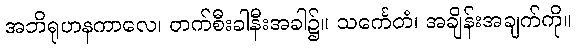
အဘိရုဟနကာလေ၊ တက်စီးခါနီးအခါ၌။ သင်္ကေတံ၊ အချိန်းအချက်ကို။